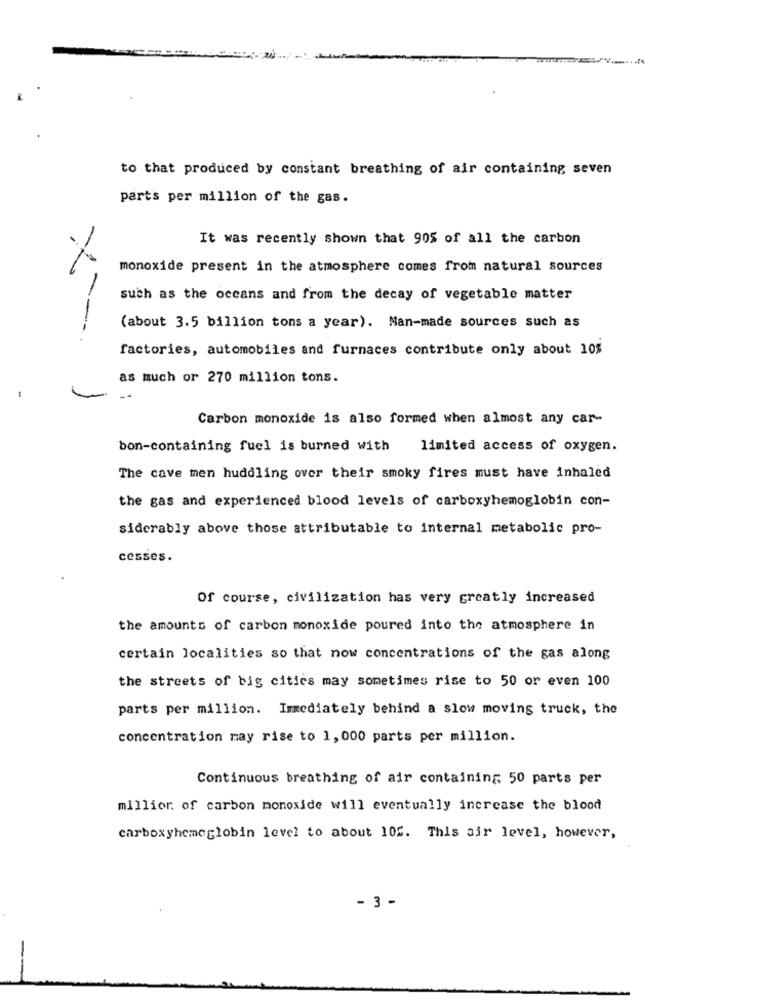
to that produced by constant breathing of air containing seven
parts per million of the gas.
It was recently shown that 90% of all the carbon
monoxide present in the atmosphere comes from natural sources
such as the oceans and from the decay of vegetable matter
(about 3.5 billion tons a year). Man-made sources such as
factories, automobiles and furnaces contribute only about 10%
as much or 270 million tons.
Carbon monoxide is also formed when almost any car-
bon-containing fuel is burned with
limited access of oxygen.
The cave men huddling over their smoky fires must have inhaled
the gas and experienced blood levels of carboxyhemoglobin con-
siderably above those attributable to internal metabolic pro-
cesses.
Of course, civilization has very greatly increased
the amounts of carbon monoxide poured into the atmosphere in
certain localities so that now concentrations of the gas along
the streets of big cities may sometimes rise to 50 or even 100
parts per million. Immediately behind a slow moving truck, the
concentration may rise to 1, 000 parts per million.
Continuous breathing of air containing 50 parts per
million of carbon monoxide will eventually increase the blood
carboxyhemoglobin level to about 10f. This air level, however,
- 3 -